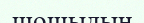
шошыдың